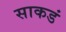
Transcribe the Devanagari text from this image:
साकडं